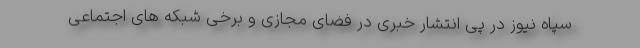
سپاه نیوز در پی انتشار خبری در فضای مجازی و برخی شبکه های اجتماعی